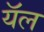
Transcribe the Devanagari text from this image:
यॅल